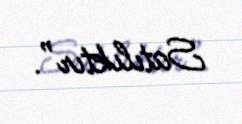
Satılıktır”.